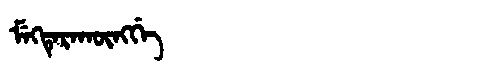
Manchu: ᠮᡝᡴᡨᡝᡵᠠᡴᡡᠩᡤᡝ
Romanization: MEKTERAKŪNGGE